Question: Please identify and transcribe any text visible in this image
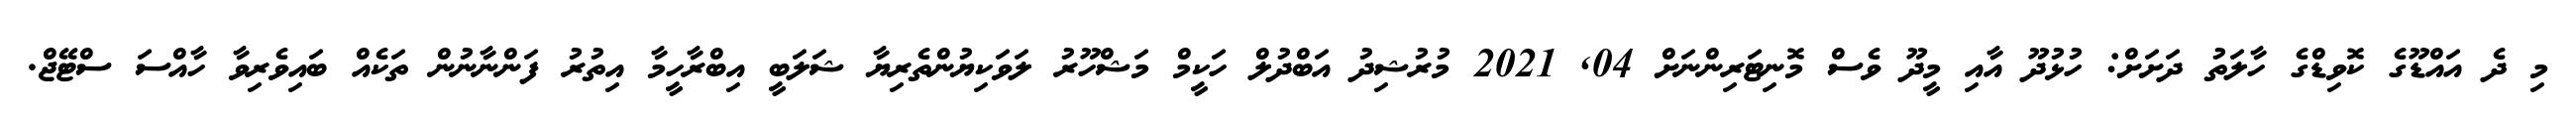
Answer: މި ދެ އައްޑޫގެ ކޮވިޑްގެ ހާލަތު ދަށަށް: ހުޅުދޫ އާއި މީދޫ ވެސް މޮނިޓަރިންނަށް 04, 2021 މުރުޝިދު އަބްދުލް ހަކީމް މަޝްހޫރު ލަވަކިޔުންތެރިޔާ ޝަލަބީ އިބްރާހީމާ އިތުރު ފަންނާނުން ތަކެއް ބައިވެރިވާ ހާއްސަ ސްޓޭޖް.